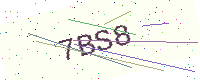
Text: 7BS8